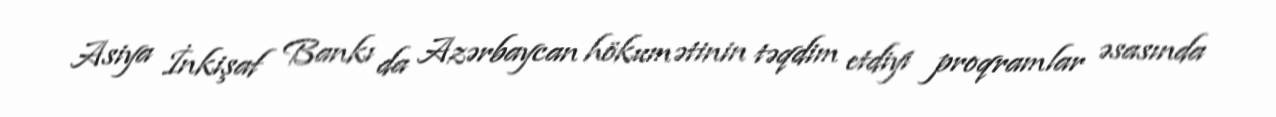
Asiya İnkişaf Bankı da Azərbaycan hökumətinin təqdim etdiyi proqramlar əsasında